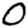
Digit: 0